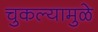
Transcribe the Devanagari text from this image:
चुकल्यामुळे